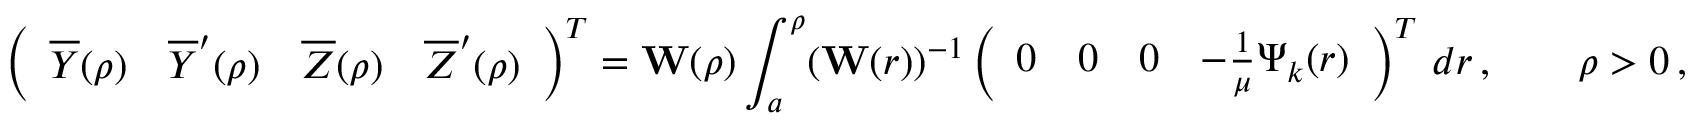
\left( \begin{array} { l l l l } { \overline { Y } ( \rho ) } & { \overline { Y } ^ { \prime } ( \rho ) } & { \overline { Z } ( \rho ) } & { \overline { Z } ^ { \prime } ( \rho ) } \end{array} \right) ^ { T } = { \bf W } ( \rho ) \int _ { a } ^ { \rho } ( { \bf W } ( r ) ) ^ { - 1 } \left( \begin{array} { l l l l } { 0 } & { 0 } & { 0 } & { - \frac 1 \mu \Psi _ { k } ( r ) } \end{array} \right) ^ { T } \, d r \, , \qquad \rho > 0 \, ,